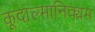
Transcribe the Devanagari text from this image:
कूदाल्मानिक्यम